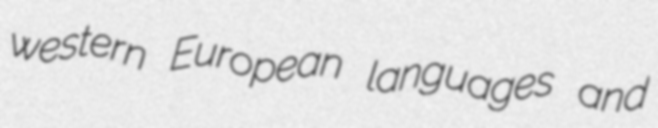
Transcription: western European languages and